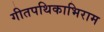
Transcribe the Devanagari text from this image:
गीतपथिकाभिराम